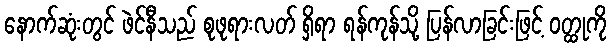
နောက်ဆုံးတွင် ဖဲင်နီသည် စုဖုရားလတ် ရှိရာ ရန်ကုန်သို့ ပြန်လာခြင်းဖြင့် ဝတ္ထုကို